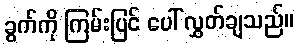
ခွက်ကို ကြမ်းပြင် ပေါ် လွှတ်ချသည်။